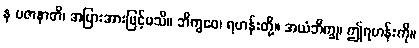
န ပဇာနာတိ၊ အပြားအားဖြင့်မသိ။ ဘိက္ခဝေ၊ ရဟန်းတို့။ အယံဘိက္ခု၊ ဤရဟန်းကို။